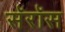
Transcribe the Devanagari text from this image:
सॅरॉस